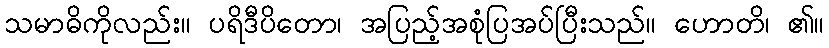
သမာဓိကိုလည်း။ ပရိဒီပိတော၊ အပြည့်အစုံပြအပ်ပြီးသည်။ ဟောတိ၊ ၏။